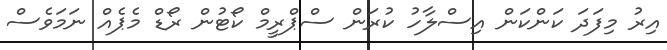
އިރު މިފަދަ ކަންކަން އިސްލާހު ކުރަން ސްޕްރީމް ކޯޓުން ރޯޑް މެޕެއް ނަމަވެސް